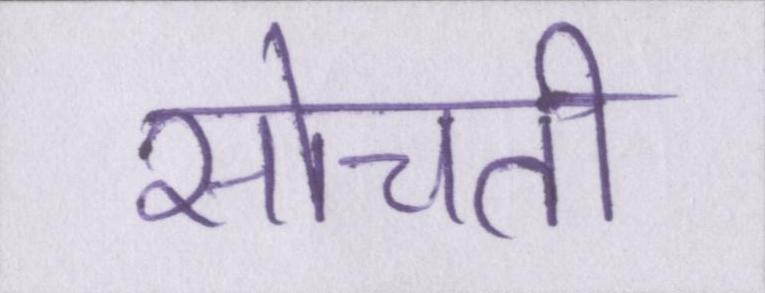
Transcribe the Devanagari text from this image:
सोचती